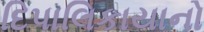
દિપાલિકાયાનો